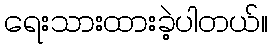
ရေးသားထားခဲ့ပါတယ်။